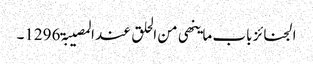
الجنائز باب ما ینھی من الحلق عند المصیبۃ 1296۔